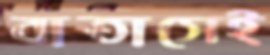
বাতাসেই